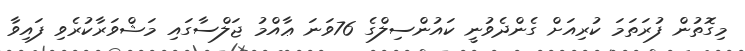
މިގޮތުން ފުރަތަމަ ކުރިއަށް ގެންދެވުނީ ކައުންސިލްގެ 76ވަނަ ޢާއްމު ޖަލްސާގައި މަޝްވަރާކުރެވި ފައިވާ